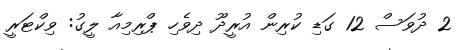
2 ދުވަސް 12 ގަޑި ކުރިން އުރީދޫ ދިވެހި ޕްރިމިއާ ލީގު: ވިކްޓަރީ